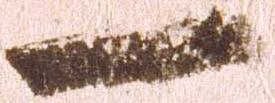
一